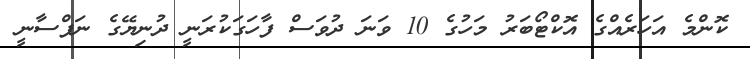
ކޮންމެ އަހަރެއްގެ އޮކްޓޯބަރު މަހުގެ 10 ވަނަ ދުވަސް ފާހަގަކުރަނީ ދުނިޔޭގެ ނަފްސާނީ